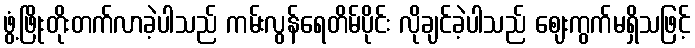
ဖွံ့ဖြိုးတိုးတက်လာခဲ့ပါသည် ကမ်းလွန်ရေတိမ်ပိုင်း လိုချင်ခဲ့ပါသည် ဈေးကွက်မရှိသဖြင့်